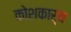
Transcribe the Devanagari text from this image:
कोशकार्य